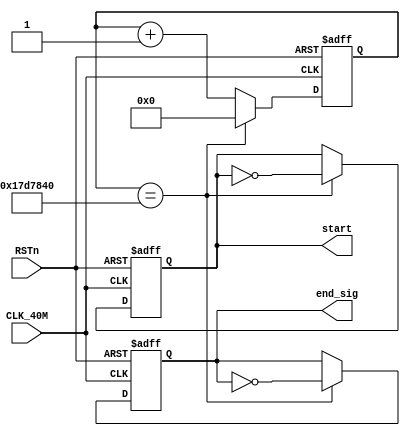
// This program was cloned from: https://github.com/Manistein/let-us-build-a-computer-system
// License: MIT License

module sync_module
(
	input CLK_40M,
	input RSTn,
	output reg end_sig,
	output reg start
);	
	
	
	
	reg [31:0] Count;
	parameter T1s = 32'd25_000_000;
	
	
	
	always @ (posedge CLK_40M or negedge RSTn)
	if(!RSTn)
	begin
		end_sig <= 1'b0;
		start <= 1'b1;
	end
	else if(Count == T1s)
			begin
				start <= ~start;
				end_sig <= ~end_sig;
			end
	else
	begin
		end_sig <= end_sig;
		start <= start;
	end
	
	

	always @ (posedge CLK_40M or negedge RSTn)
	if(!RSTn)
	begin
		Count <= 32'b0;
	end
	else if(Count == T1s)
			Count <= 32'b0;
	else
		Count <= Count + 32'd1;
	
	
endmodule